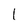
Character: 1